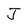
Character: J